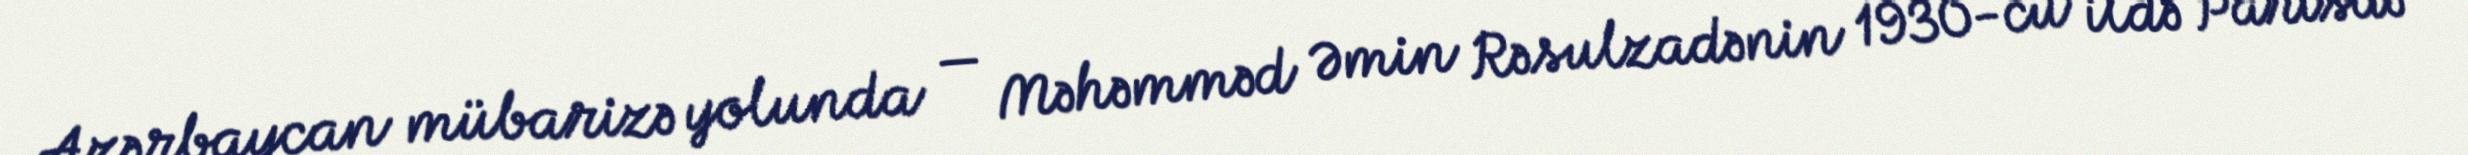
Azərbaycan mübarizə yolunda — Məhəmməd Əmin Rəsulzadənin 1930-cu ildə Parisdə